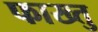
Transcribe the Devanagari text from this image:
फाख्तु